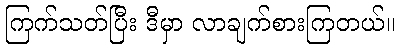
ကြက်သတ်ပြီး ဒီမှာ လာချက်စားကြတယ်။